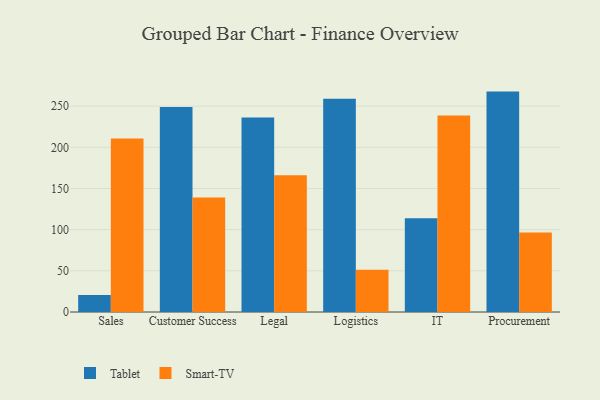
{"axis": {"x": "Department", "y": "Customer Acquisition Cost (USD)"}, "legend": ["Smart-TV", "Tablet"], "data": [{"x": "Sales", "y": 20.8, "type": "Tablet"}, {"x": "Sales", "y": 210.8, "type": "Smart-TV"}, {"x": "Customer Success", "y": 248.9, "type": "Tablet"}, {"x": "Customer Success", "y": 139.0, "type": "Smart-TV"}, {"x": "Legal", "y": 236.1, "type": "Tablet"}, {"x": "Legal", "y": 166.1, "type": "Smart-TV"}, {"x": "Logistics", "y": 258.9, "type": "Tablet"}, {"x": "Logistics", "y": 51.2, "type": "Smart-TV"}, {"x": "IT", "y": 113.9, "type": "Tablet"}, {"x": "IT", "y": 238.6, "type": "Smart-TV"}, {"x": "Procurement", "y": 267.7, "type": "Tablet"}, {"x": "Procurement", "y": 96.7, "type": "Smart-TV"}]}